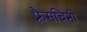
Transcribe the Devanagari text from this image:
फ़्रैसचिनी